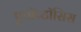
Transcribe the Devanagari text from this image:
एपॉप्टॉसिस